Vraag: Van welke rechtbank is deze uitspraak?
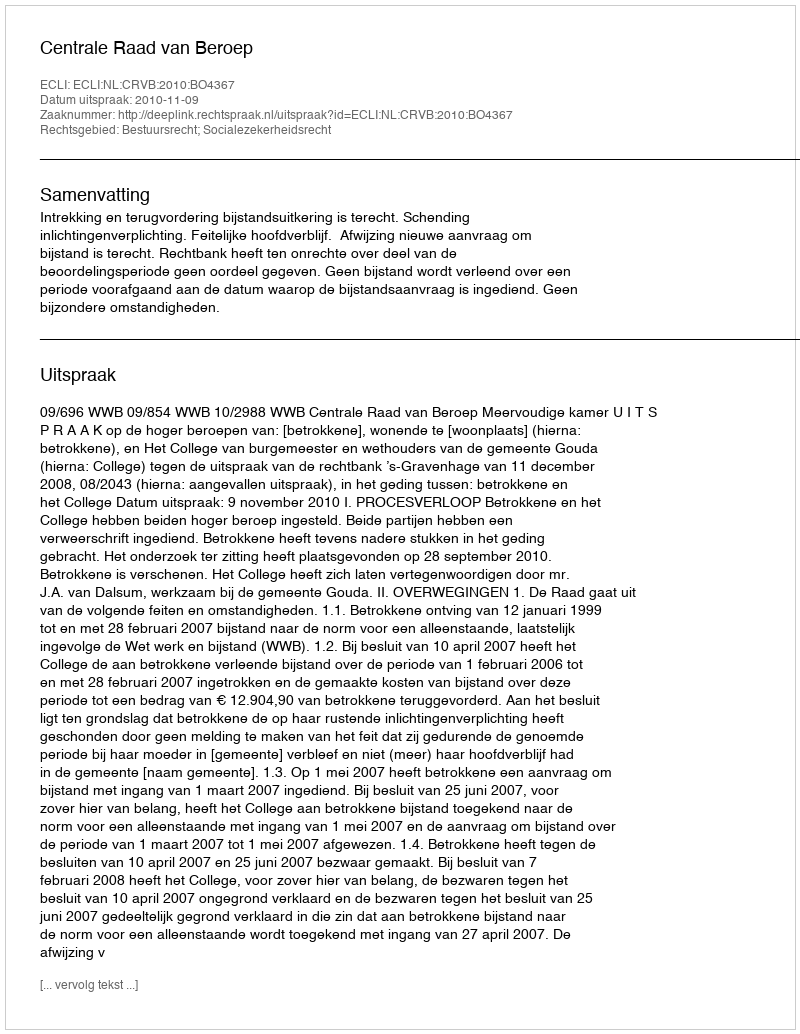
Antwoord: Centrale Raad van Beroep